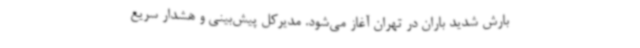
بارش شدید باران در تهران آغاز می‌شود. مدیرکل پیش‌بینی و هشدار سریع